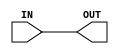

// Copyright (c) 2000-2009 Bluespec, Inc.

// Permission is hereby granted, free of charge, to any person obtaining a copy
// of this software and associated documentation files (the "Software"), to deal
// in the Software without restriction, including without limitation the rights
// to use, copy, modify, merge, publish, distribute, sublicense, and/or sell
// copies of the Software, and to permit persons to whom the Software is
// furnished to do so, subject to the following conditions:

// The above copyright notice and this permission notice shall be included in
// all copies or substantial portions of the Software.

// THE SOFTWARE IS PROVIDED "AS IS", WITHOUT WARRANTY OF ANY KIND, EXPRESS OR
// IMPLIED, INCLUDING BUT NOT LIMITED TO THE WARRANTIES OF MERCHANTABILITY,
// FITNESS FOR A PARTICULAR PURPOSE AND NONINFRINGEMENT. IN NO EVENT SHALL THE
// AUTHORS OR COPYRIGHT HOLDERS BE LIABLE FOR ANY CLAIM, DAMAGES OR OTHER
// LIABILITY, WHETHER IN AN ACTION OF CONTRACT, TORT OR OTHERWISE, ARISING FROM,
// OUT OF OR IN CONNECTION WITH THE SOFTWARE OR THE USE OR OTHER DEALINGS IN
// THE SOFTWARE.
//
// $Revision: 17872 $
// $Date: 2009-09-18 14:32:56 +0000 (Fri, 18 Sep 2009) $

`ifdef BSV_ASSIGNMENT_DELAY
`else
`define BSV_ASSIGNMENT_DELAY
`endif

module ProbeWire(OUT, IN);

   parameter size = 1;

   input  [size - 1 : 0] IN;
   output [size - 1 : 0] OUT;
   
   assign OUT = IN;

endmodule